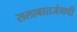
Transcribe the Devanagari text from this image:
सलाबातजंगची